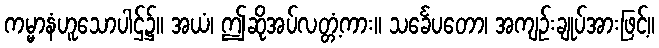
ကမ္မာနံဟူသောပါဌ်၌။ အယံ၊ ဤဆိုအပ်လတ္တံ့ကား။ သင်္ခေပတော၊ အကျဉ်းချုပ်အားဖြင့်။